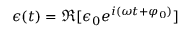
\epsilon ( t ) = \Re [ \epsilon _ { 0 } e ^ { i ( \omega t + \varphi _ { 0 } ) } ]